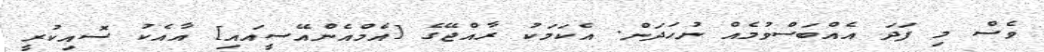
ވެސް މި ފަދަ އެއްބަސްވުމެއް ނުހަދަން. އެކަމަކު ރާއްޖޭގެ [އެމްއެންއޭސީއައި] އާއެކު ސޮއިކުރީ